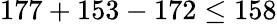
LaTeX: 177+153-172\leq 158